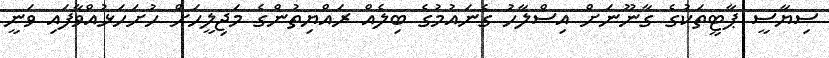
ސިޔާސީ ޕާޓީތަކުގެ ގާނޫނަށް އިސްލާހު ގެނައުމުގެ ބިލެއް ރައްޔިތުންގެ މަޖިލީހަށް ހުށަހަޅުއްވާފައި ވަނީ